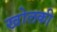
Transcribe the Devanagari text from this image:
खोलकी